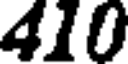
410